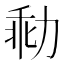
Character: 㔞